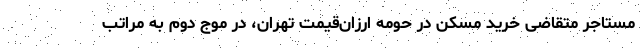
مستاجر متقاضی خرید مسکن در حومه ارزان‌قیمت تهران، در موج دوم به مراتب